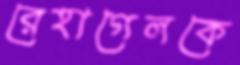
রেহাগেলকে